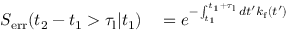
\begin{array} { r l } { S _ { \mathrm { e r r } } ( t _ { 2 } - t _ { 1 } > \tau _ { \mathrm { l } } | t _ { 1 } ) } & { { } = e ^ { - \int _ { t _ { 1 } } ^ { t _ { 1 } + \tau _ { \mathrm { l } } } d t ^ { \prime } k _ { \mathrm { f } } ( t ^ { \prime } ) } } \end{array}